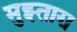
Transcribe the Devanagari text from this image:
मुझ्ताग़